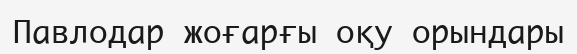
Павлодар жоғарғы оқу орындары